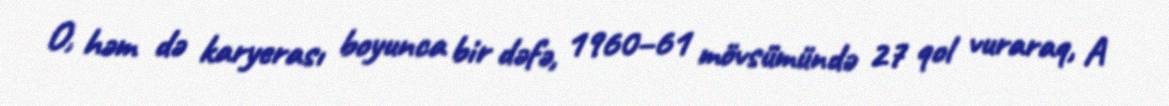
O, həm də karyerası boyunca bir dəfə, 1960–61 mövsümündə 27 qol vuraraq, A